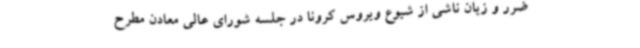
ضرر و زیان ناشی از شیوع ویروس کرونا در جلسه شورای عالی معادن مطرح